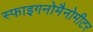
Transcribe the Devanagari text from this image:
स्फाइगनोमैनोमीटर